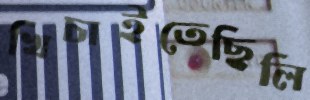
খিচাইতেছিলি